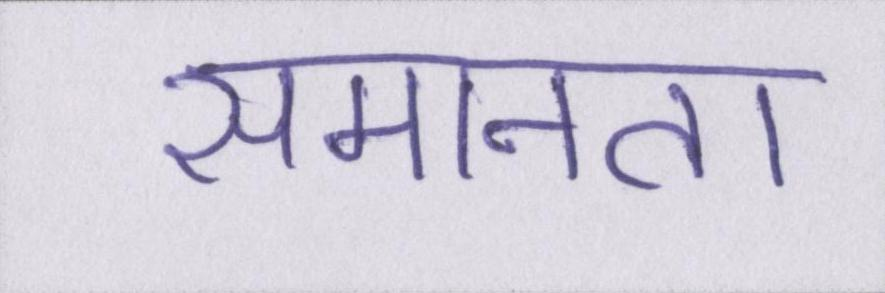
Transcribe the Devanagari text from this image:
समानता